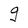
Character: g